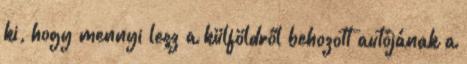
ki, hogy mennyi lesz a külföldről behozott autójának a